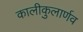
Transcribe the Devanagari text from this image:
कालीकुलार्णव